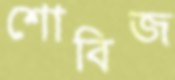
শোবিজ